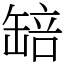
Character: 䍌